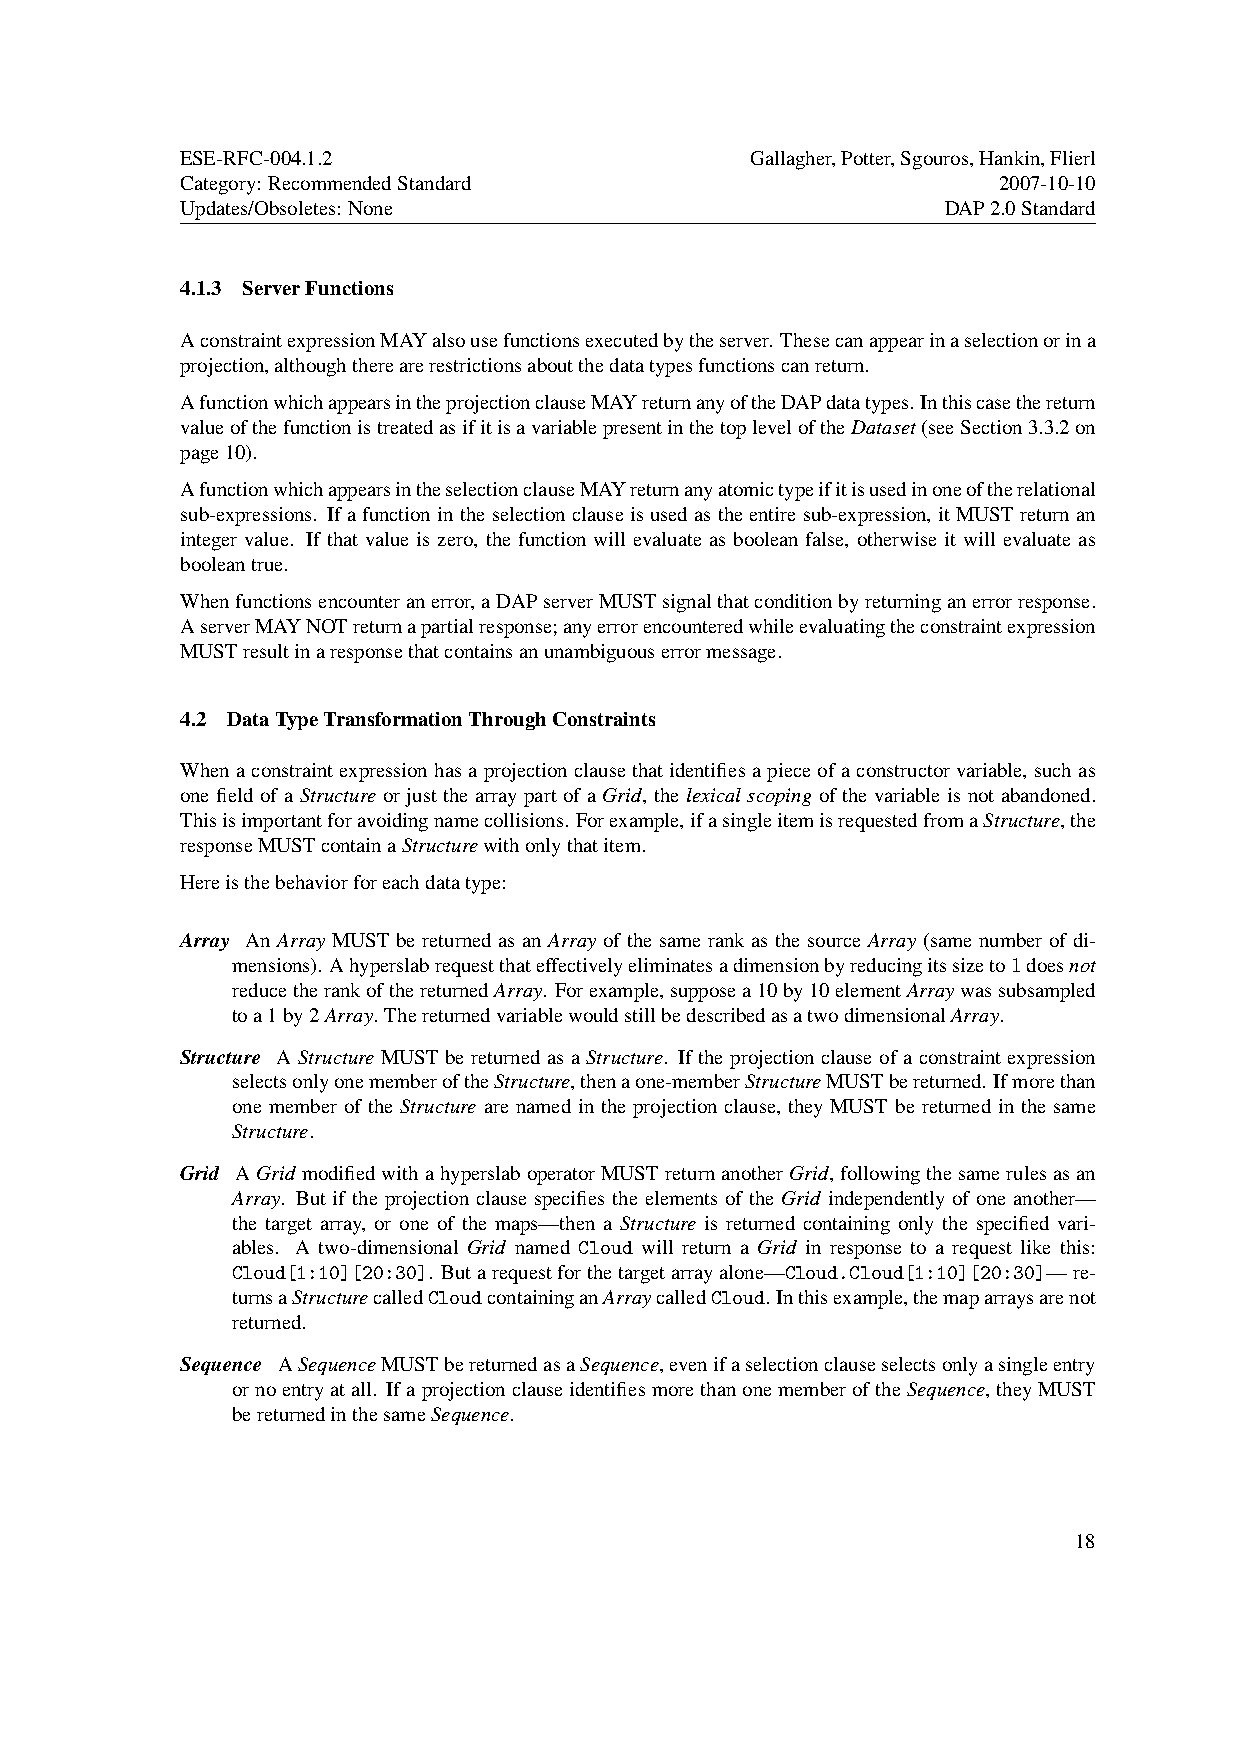
ESE-RFC-004.1.2                       Gallagher,Potter,Sgouros,Hankin,Flierl
 Category: RecommendedStandard                         2007-10-10
 Updates/Obsoletes: None                            DAP2.0Standard
 4.1.3 ServerFunctions
 AconstraintexpressionMAYalsousefunctionsexecutedbytheserver. Thesecanappearinaselectionorina
 projection,althoughtherearerestrictionsaboutthedatatypesfunctionscanreturn.
 AfunctionwhichappearsintheprojectionclauseMAYreturnanyoftheDAPdatatypes.Inthiscasethereturn
 valueofthefunctionistreatedasifitisavariablepresentinthetopleveloftheDataset(seeSection3.3.2on
 page10).
 AfunctionwhichappearsintheselectionclauseMAYreturnanyatomictypeifitisusedinoneoftherelational
 sub-expressions. Ifafunctionintheselectionclauseisusedastheentiresub-expression, itMUSTreturnan
 integer value. If that value is zero, the function will evaluate as boolean false, otherwise it will evaluate as
 booleantrue.
 Whenfunctionsencounteranerror,aDAPserverMUSTsignalthatconditionbyreturninganerrorresponse.
 AserverMAYNOTreturnapartialresponse;anyerrorencounteredwhileevaluatingtheconstraintexpression
 MUSTresultinaresponsethatcontainsanunambiguouserrormessage.
 4.2 DataTypeTransformationThroughConstraints
 Whenaconstraintexpressionhasaprojectionclausethatidentifiesapieceofaconstructorvariable, suchas
 one field of a Structure or just the array part of a Grid, the lexical scoping of the variable is not abandoned.
 Thisisimportantforavoidingnamecollisions. Forexample,ifasingleitemisrequestedfromaStructure,the
 responseMUSTcontainaStructurewithonlythatitem.
 Hereisthebehaviorforeachdatatype:
 Array An Array MUST be returned as an Array of the same rank as the source Array (same number of di-
 mensions). Ahyperslabrequestthateffectivelyeliminatesadimensionbyreducingitssizeto1doesnot
 reducetherankofthereturnedArray. Forexample,supposea10by10elementArraywassubsampled
 toa1by2Array. ThereturnedvariablewouldstillbedescribedasatwodimensionalArray.
 Structure A Structure MUST be returned as a Structure. If the projection clause of a constraint expression
 selectsonlyonememberoftheStructure,thenaone-memberStructureMUSTbereturned. Ifmorethan
 one member of the Structure are named in the projection clause, they MUST be returned in the same
 Structure.
 Grid AGrid modifiedwithahyperslaboperatorMUSTreturnanotherGrid,followingthesamerulesasan
 Array. But if the projection clause specifies the elements of the Grid independently of one another—
 the target array, or one of the maps—then a Structure is returned containing only the specified vari-
 ables. A two-dimensional Grid named Cloud will return a Grid in response to a request like this:
 Cloud[1:10][20:30]. Butarequestforthetargetarrayalone—Cloud.Cloud[1:10][20:30]—re-
 turnsaStructurecalledCloudcontaininganArraycalledCloud. Inthisexample,themaparraysarenot
 returned.
 Sequence ASequenceMUSTbereturnedasaSequence,evenifaselectionclauseselectsonlyasingleentry
 ornoentryatall. IfaprojectionclauseidentifiesmorethanonememberoftheSequence,theyMUST
 bereturnedinthesameSequence.
 18